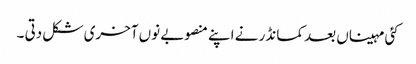
کئی مہیناں بعد کمانڈر نے اپنے منصوبے نوں آخری شکل دتی ۔